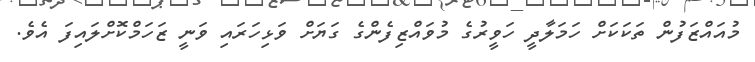
މުއައްޒަފުން ތަކަކަށް ހަމަލާދީ ހަވީރުގެ މުވައްޒިފެންގެ ގަޔަށް ވަޅިހަރައި ވަނީ ޒަހަމްކޮށްލައިފަ އެވެ.